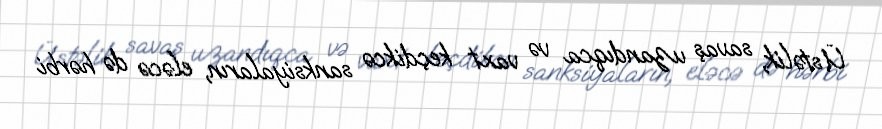
Üstəlik, savaş uzandıqca və vaxt keçdikcə sanksiyaların, eləcə də hərbi